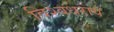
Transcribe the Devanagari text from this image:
विश्वधराय